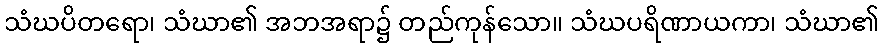
သံဃပိတရော၊ သံဃာ၏ အဘအရာ၌ တည်ကုန်သော။ သံဃပရိဏာယကာ၊ သံဃာ၏